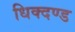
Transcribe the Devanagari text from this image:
धिक्दण्ड